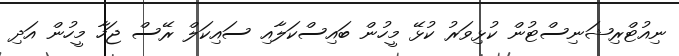
ނިއުޓްރިޝަނިސްޓުން ކުޅިވަރު ކުޅޭ މީހުން ބައިސްކަލާއި ސައިކަލް ރޭސް ޖަހާ މީހުން އަދި